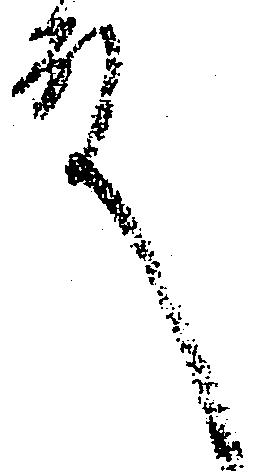
殿